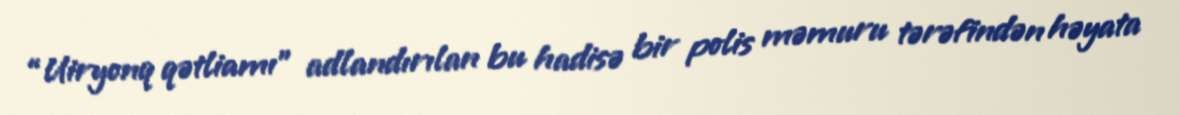
“Uiryonq qətliamı” adlandırılan bu hadisə bir polis məmuru tərəfindən həyata